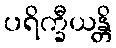
ပရိက္ခီယန္တိ